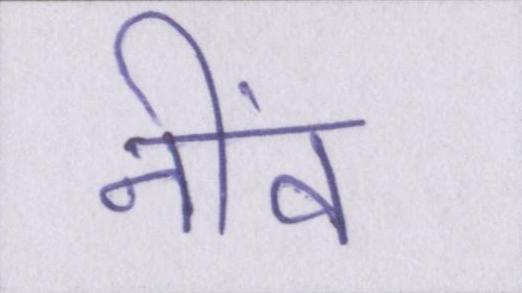
नींव